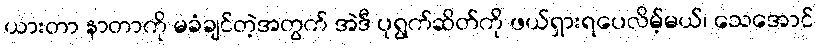
ယားတာ နာတာကို မခံချင်တဲ့အတွက် အဲဒီ ပုရွက်ဆိတ်ကို ဖယ်ရှားရပေလိမ့်မယ်၊ သေအောင်